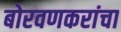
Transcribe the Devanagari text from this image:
बोरवणकरांचा